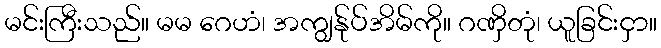
မင်းကြီးသည်။ မမ ဂေဟံ၊ အကျွန်ုပ်အိမ်ကို။ ဂဏှိတုံ၊ ယူခြင်းငှာ။